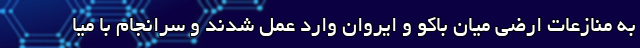
به منازعات ارضی میان باکو و ایروان وارد عمل شدند و سرانجام با میا